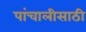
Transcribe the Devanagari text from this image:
पांचालीसाठी